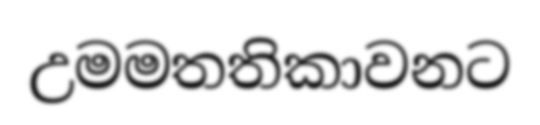
උමමතතිකාවනට